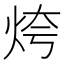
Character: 𱪾